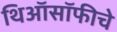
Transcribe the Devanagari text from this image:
थिऑसॉफीचे